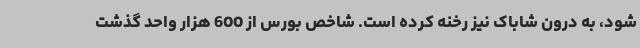
شود، به درون شاباک نیز رخنه کرده است. شاخص بورس از 600 هزار واحد گذشت